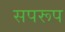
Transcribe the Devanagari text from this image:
सपरूप